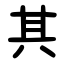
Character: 其